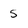
Character: 5